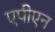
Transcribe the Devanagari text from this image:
एपीएन